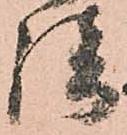
談